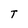
Character: T